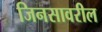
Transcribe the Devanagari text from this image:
जिनसावरील